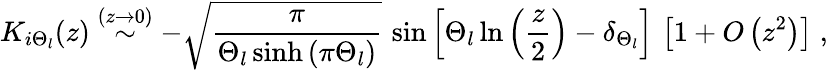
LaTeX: K_{i\Theta_{l}}(z)\stackrel{(z\rightarrow 0)}{\sim}-\sqrt{\frac{\pi}{\Theta_{l}\sinh\left(\pi\Theta_{l}\right)}}\, \sin\left[\Theta_{l}\ln\left(\frac{z}{2}\right)-\delta_{\Theta_{l}}\right]\, \left[1+O\left(z^{2}\right)\right]\; ,